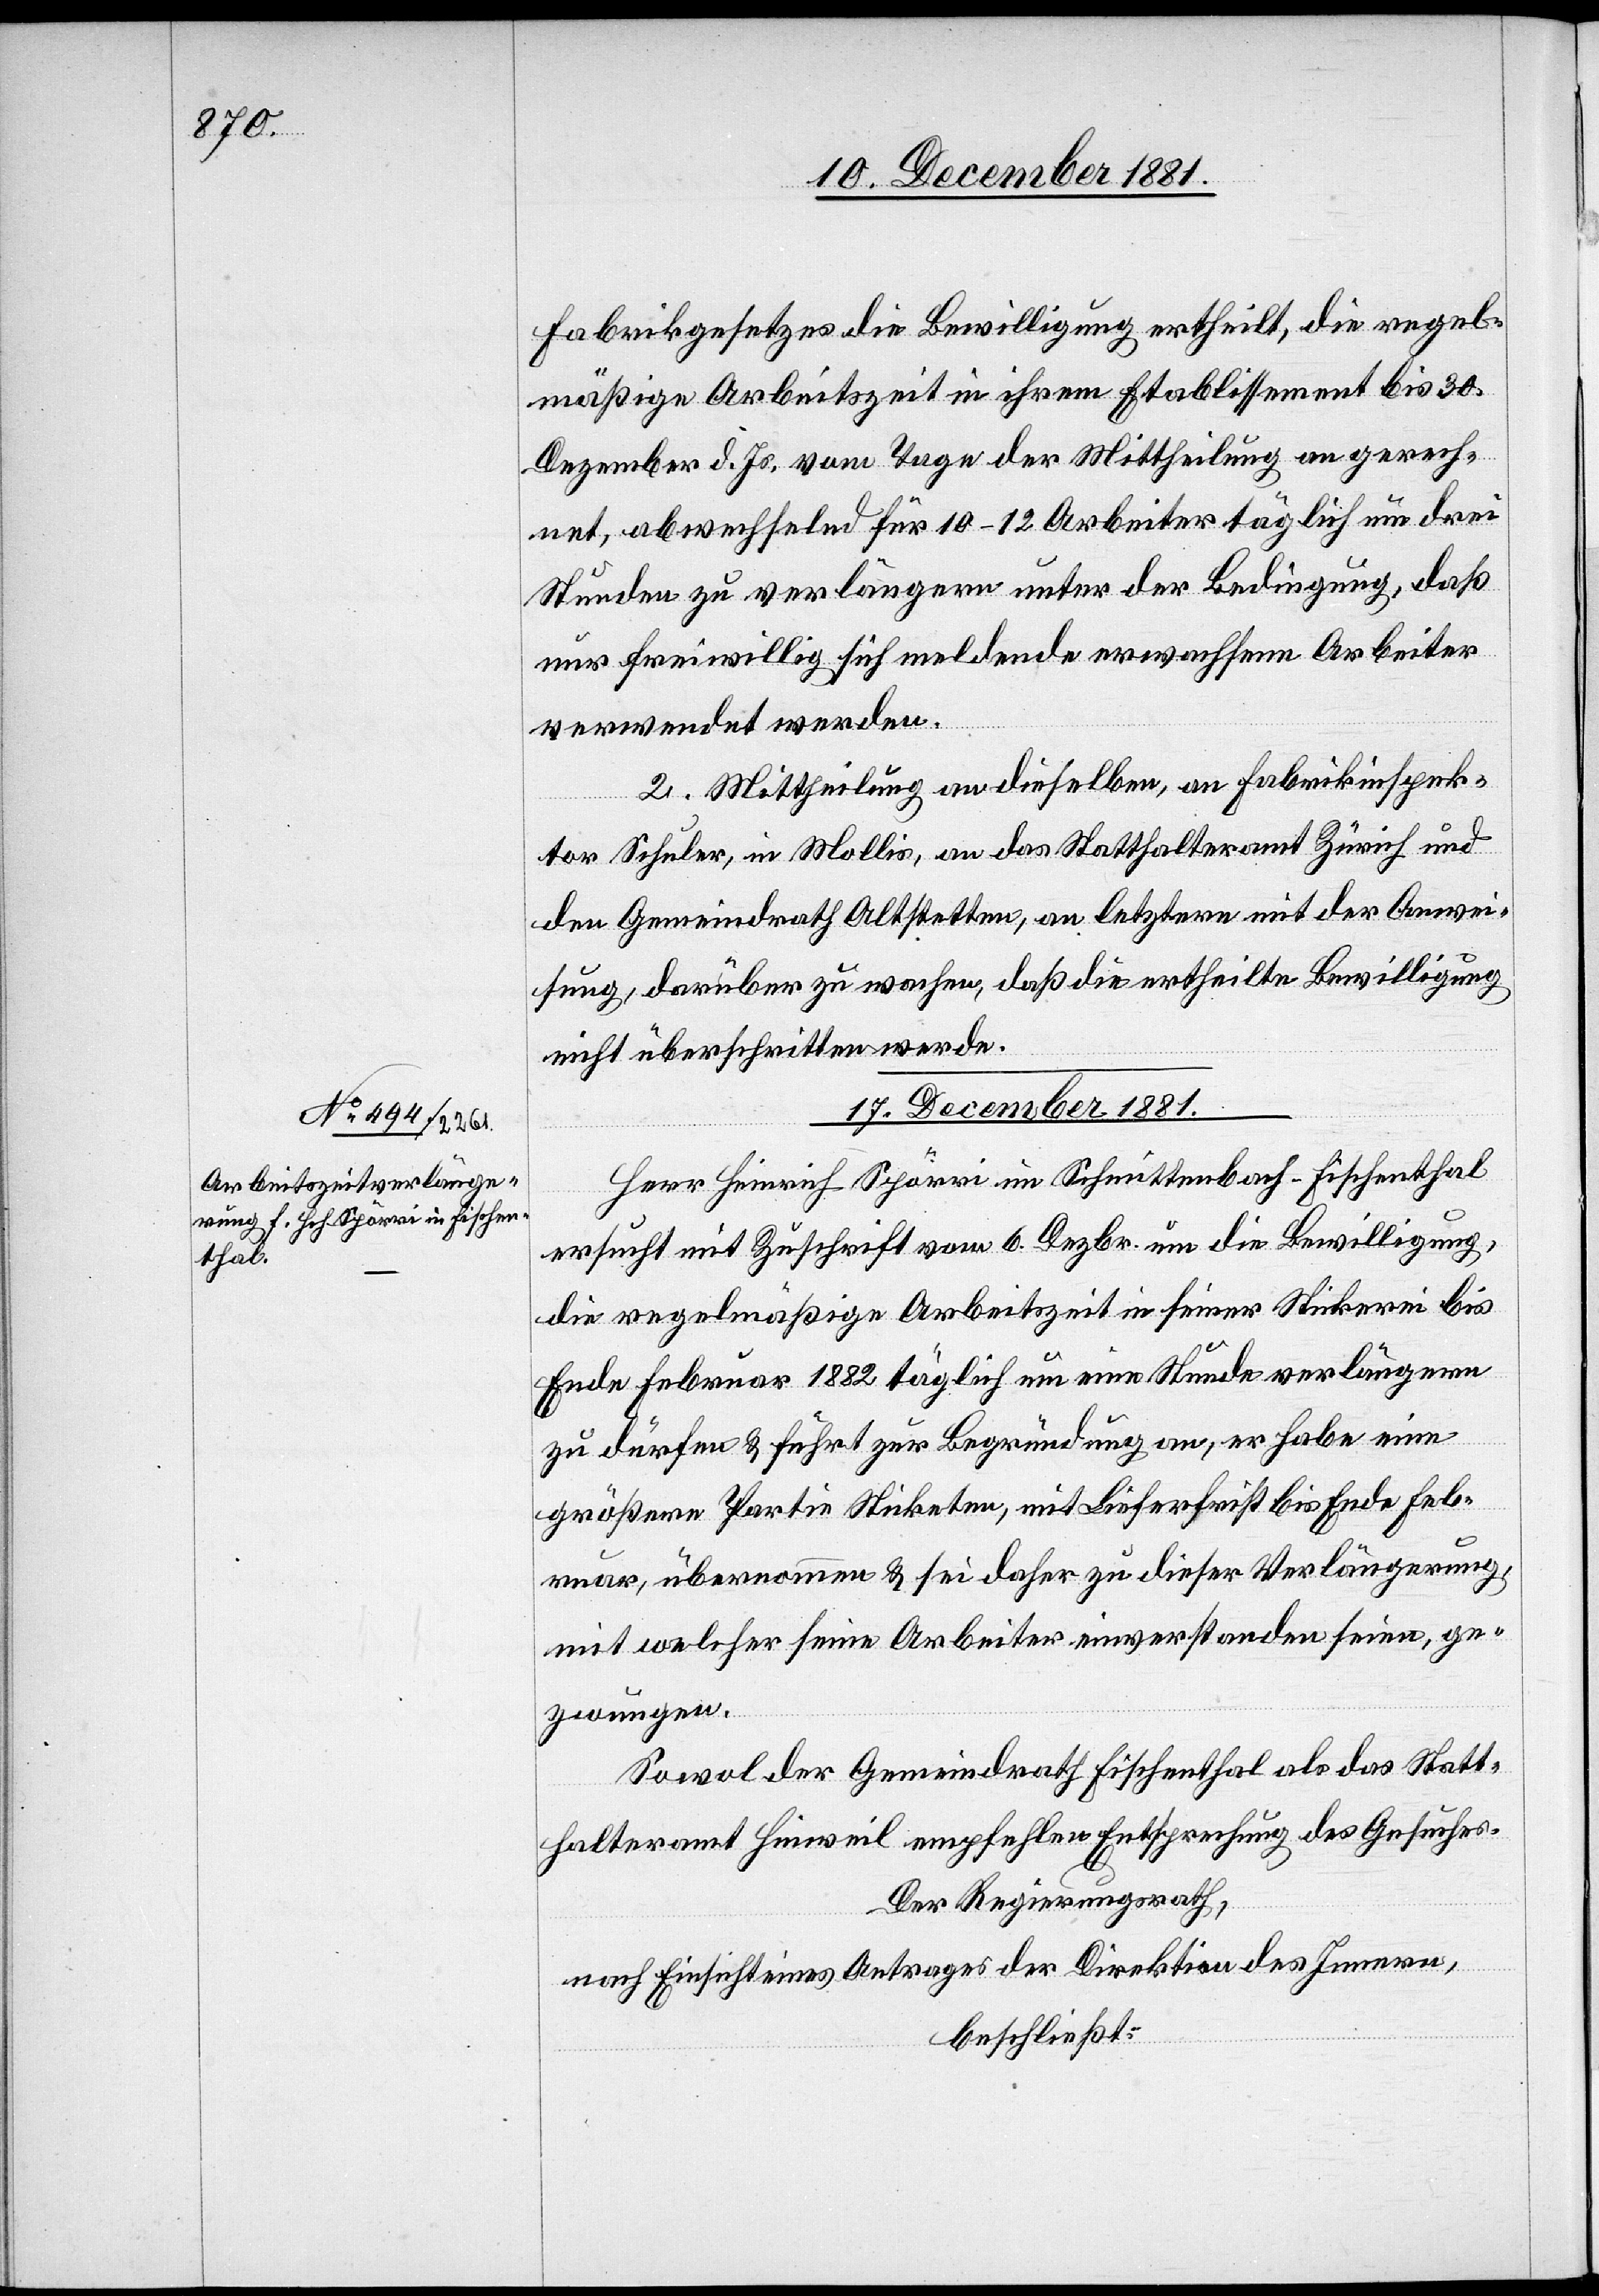
Fabrikgesetzes die Bewilligung ertheilt, die regel¬
mäßige Arbeitszeit in ihrem Etablissement bis 30.
Dezember d. Js., vom Tage der Mittheilung an gerech¬
net, abwechselnd für 10–12 Arbeiter täglich um drei
Stunden zu verlängern unter der Bedingung, daß
nur freiwillig sich meldende erwachsene Arbeiter
verwendet werden.
2. Mittheilung an dieselben, an Fabrikinspek¬
tor Schuler, in Mollis, an das Statthalteramt Zürich und
den Gemeindrath Altstetten, an letztere mit der Anwei¬
sung, darüber zu wachen, daß die ertheilte Bewilligung
nicht überschritten werde.
17. December 1881.
Herr Heinrich Spörri im Schmittenbach - Fischenthal
ersucht mit Zuschrift vom 6. Dezbr. um die Bewilligung,
die regelmäßige Arbeitszeit in seiner Strickerei bis
Ende Februar 1882 täglich um eine Stunde verlängern
zu dürfen & führt zur Begründung an, er habe eine
größere Partie Sticketen, mit Lieferfrist bis Ende Feb¬
ruar, übernommen & sei daher zu dieser Verlängerung,
mit welcher seine Arbeiter einverstanden seien, ge¬
zwungen.
Sowol der Gemeindrath Fischenthal als das Statt¬
halteramt Hinweil empfehlen Entsprechung des Gesuches.
Der Regierungsrath,
nach Einsicht eines Antrages der Direktion des Innern,
beschließt: